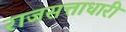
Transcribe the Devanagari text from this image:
राजसत्ताधारी